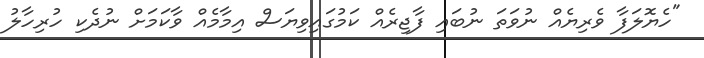
"ހެޔޮލަފާ ވެރިޔެއް ނުވަތަ ނުބައި ފާޖިރެއް ކަމުގައިވިޔަސް އިމާމެއް ވާކަމަށް ނުދެކި ހުރިހާލު